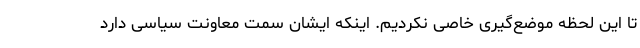
تا این لحظه موضع‌گیری خاصی نکردیم. اینکه ایشان سمت معاونت سیاسی دارد